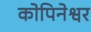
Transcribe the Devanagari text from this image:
कोपिनेश्वर